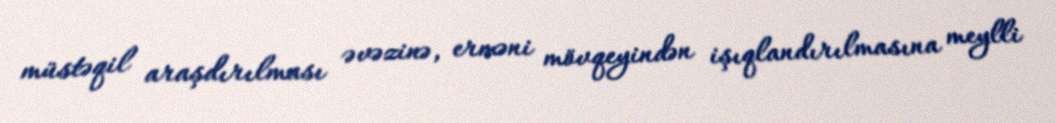
müstəqil araşdırılması əvəzinə, erməni mövqeyindən işıqlandırılmasına meylli